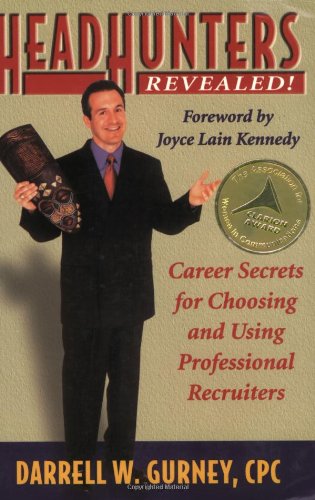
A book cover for Headhunters Revealed! Career Secrets for Choosing and Using Professional Recruiters; Darrell W. Gurney; Business & Money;